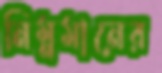
নিম্নমানের